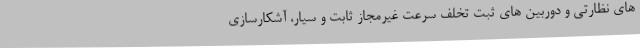
های نظارتی و دوربین های ثبت تخلف سرعت غیرمجاز ثابت و سیار، آشکارسازی